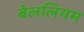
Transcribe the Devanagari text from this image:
बेललियम